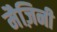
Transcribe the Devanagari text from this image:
मैज़िनी